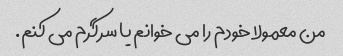
من معمولا خودم را می خوانم یا سرگرم می کنم.